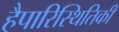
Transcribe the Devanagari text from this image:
हैपारिस्थितिकी